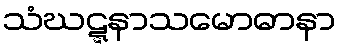
သံဃဋ္ဋနာသမောဓာနာ